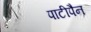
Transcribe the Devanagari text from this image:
पाटीपैन